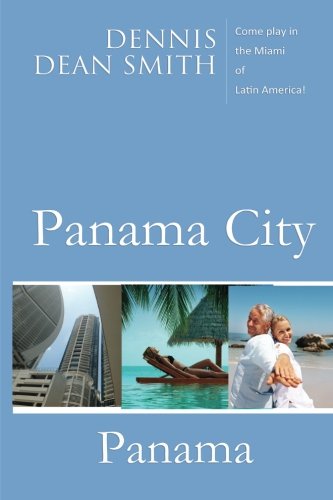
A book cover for Panama City, Panama: Come play in the Miami of Latin America; Dennis Dean Smith; Travel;